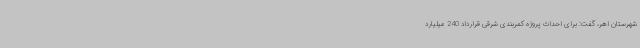
شهرستان اهر، گفت: برای احداث پروژه کمربندی شرقی قرارداد 240 میلیارد